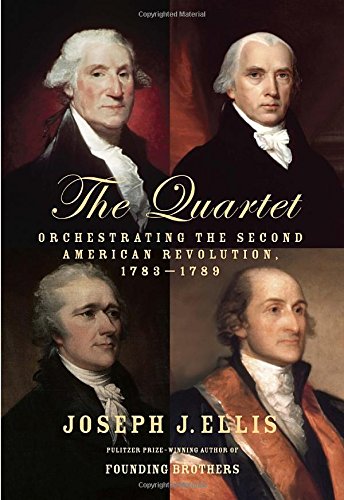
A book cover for The Quartet: Orchestrating the Second American Revolution, 1783-1789; Joseph J. Ellis; History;